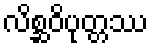
လိစ္ဆဝိပုတ္တဿ